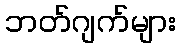
ဘတ်ဂျက်များ